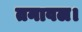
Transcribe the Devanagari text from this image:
तनावल।